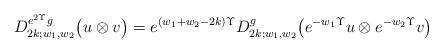
LaTeX: \begin{align*} D_{2k;w_1,w_2}^{e^{2\Upsilon}g} \bigl( u \otimes v \bigr) = e^{(w_1+w_2-2k)\Upsilon} D_{2k;w_1,w_2}^{g} \bigl( e^{-w_1\Upsilon}u \otimes e^{-w_2\Upsilon}v \bigr) \end{align*}